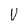
Character: v